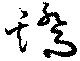
矯